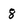
Character: 8